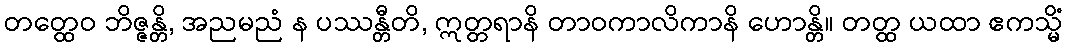
တတ္ထေဝ ဘိဇ္ဇန္တိ, အညမညံ န ပဿန္တီတိ, ဣတ္တရာနိ တာဝကာလိကာနိ ဟောန္တိ။ တတ္ထ ယထာ ဧကသ္မိံ